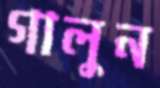
গালুন